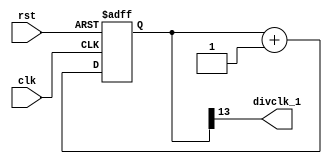
`timescale 1ns / 1ps

module div(divclk_1,clk,rst); // divclk_2 23@

output divclk_1;
input clk,rst;
reg [15:0]divclkcnt;

assign divclk_1 = divclkcnt[13]; //su

always@(posedge clk or negedge rst)begin
    if(~rst)
        divclkcnt = 0;
    else
        divclkcnt = divclkcnt + 1;
end

endmodule